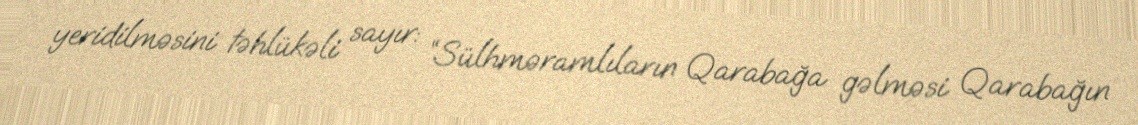
yeridilməsini təhlükəli sayır: “Sülhməramlıların Qarabağa gəlməsi Qarabağın